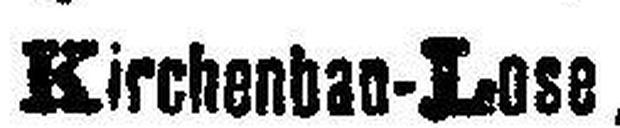
Kirchenhan-Lose